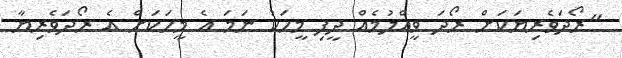
"ރޯދަވެރިޔަކަށް ރޯދަ ވީއްލުމެއް ދީފި މީހަކު ނަމަ އެ މީހަކަށް އެ ރޯދަވެރިޔާ